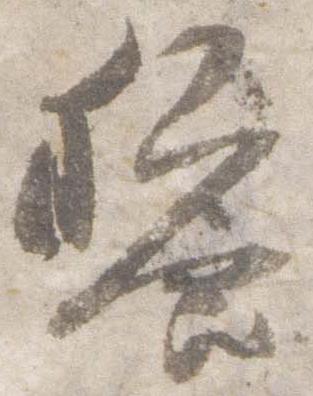
饗